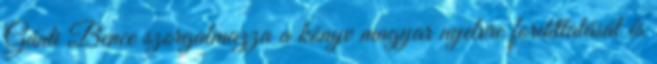
Gánti Bence szorgalmazza a könyv magyar nyelvre fordíttatását és